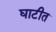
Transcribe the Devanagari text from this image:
घाटीत